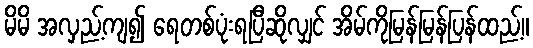
မိမိ အလှည့်ကျ၍ ရေတစ်ပုံးရပြီဆိုလျှင် အိမ်ကိုမြန်မြန်ပြန်ထည့်။